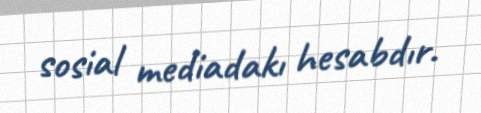
sosial mediadakı hesabdır.